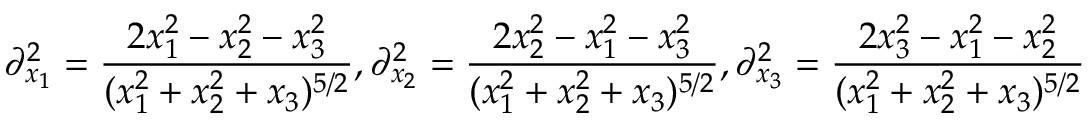
\partial _ { x _ { 1 } } ^ { 2 } = \frac { 2 x _ { 1 } ^ { 2 } - x _ { 2 } ^ { 2 } - x _ { 3 } ^ { 2 } } { ( x _ { 1 } ^ { 2 } + x _ { 2 } ^ { 2 } + x _ { 3 } ) ^ { 5 / 2 } } , \partial _ { x _ { 2 } } ^ { 2 } = \frac { 2 x _ { 2 } ^ { 2 } - x _ { 1 } ^ { 2 } - x _ { 3 } ^ { 2 } } { ( x _ { 1 } ^ { 2 } + x _ { 2 } ^ { 2 } + x _ { 3 } ) ^ { 5 / 2 } } , \partial _ { x _ { 3 } } ^ { 2 } = \frac { 2 x _ { 3 } ^ { 2 } - x _ { 1 } ^ { 2 } - x _ { 2 } ^ { 2 } } { ( x _ { 1 } ^ { 2 } + x _ { 2 } ^ { 2 } + x _ { 3 } ) ^ { 5 / 2 } }